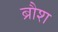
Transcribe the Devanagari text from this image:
ब्रौश